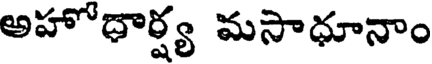
అహోదార్ష్య మసాధూనాం